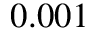
0 . 0 0 1